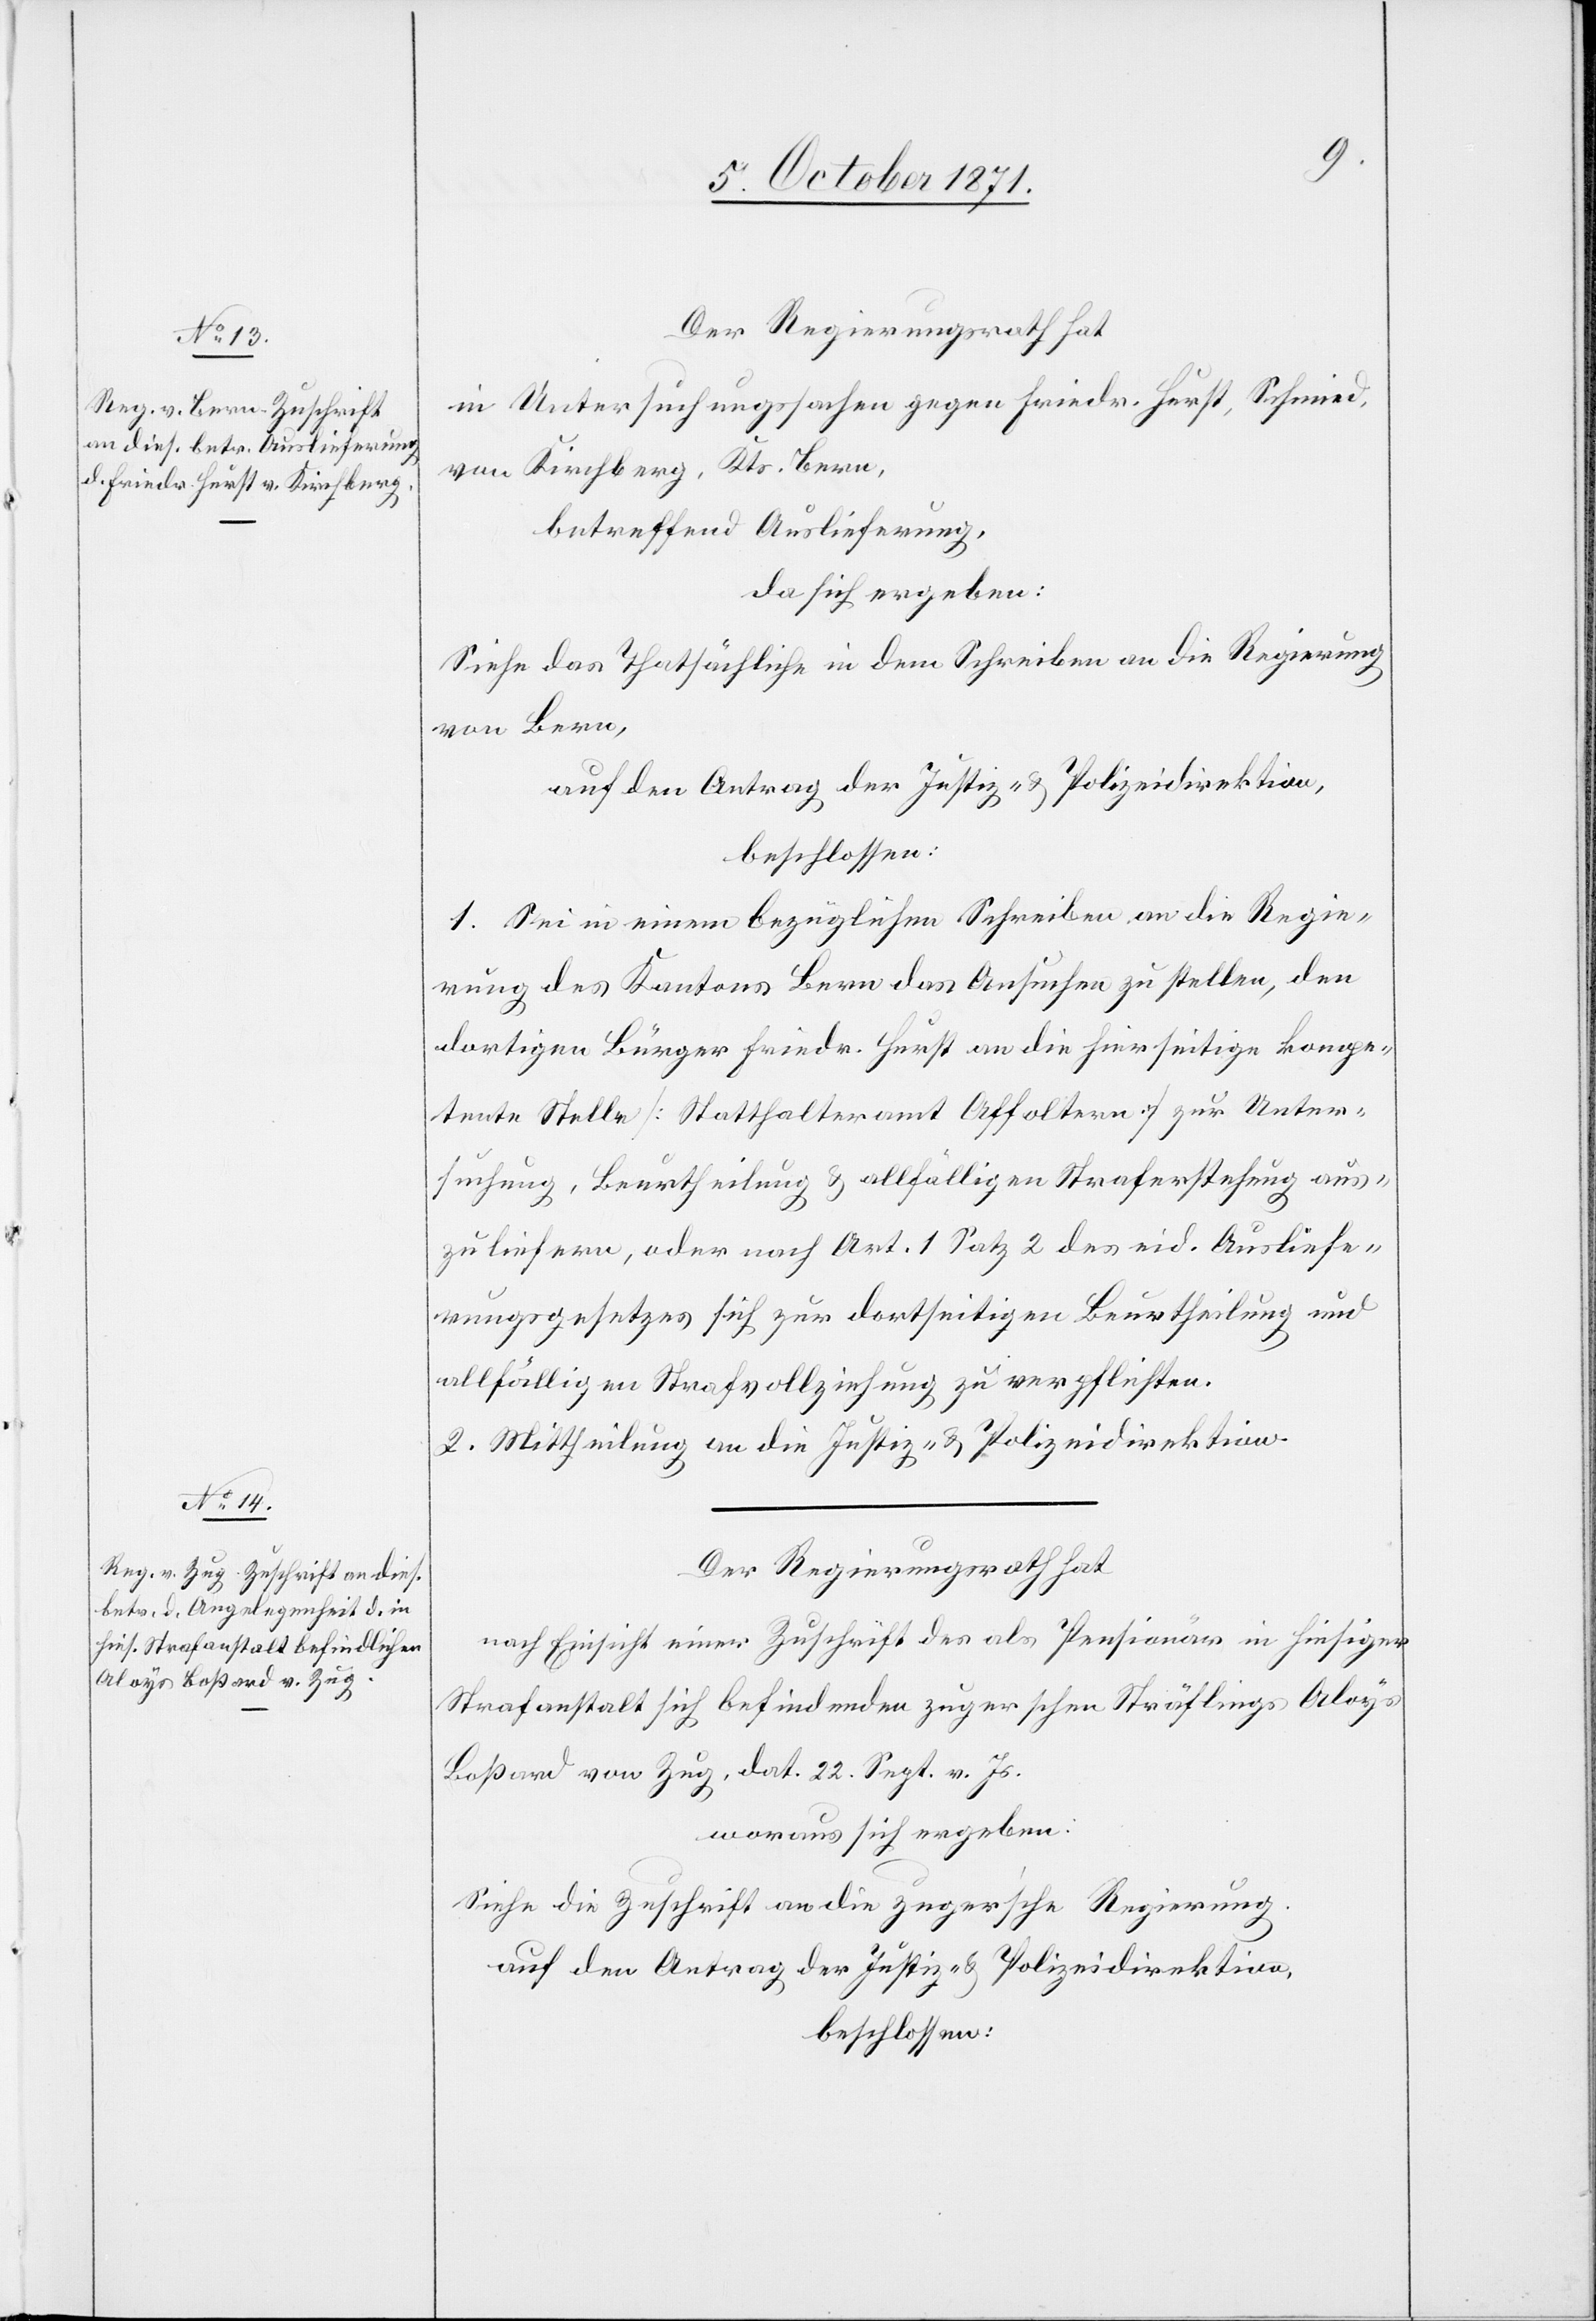
Der Regierungsrath hat
in Untersuchungssache gegen Friedr. Hurst, Schmied,
von Kirchberg, Kts. Bern,
betreffend Auslieferung,
da sich ergeben:
Siehe das Thatsächliche in dem Schreiben an die Regierung
von Bern,
auf den Antrag der Justiz- & Polizeidirektion,
beschlossen:
1. Sei in einem bezüglichen Schreiben an die Regie¬
rung des Kantons Bern das Ansuchen zu stellen, den
dortigen Bürger Friedr. Hurst an die hierseitige kompe¬
tente Stelle [Statthalteramt Affoltern] zur Unter¬
suchung, Beurtheilung & allfälligen Straferstehung aus¬
zuliefern, oder nach Art. 1 Satz 2 des eid. Ausliefe¬
rungsgesetzes sich zur dortseitigen Beurtheilung und
allfälligen Strafvollziehung zu verpflichten.
2. Mittheilung an die Justiz- & Polizeidirektion.
Der Regierungsrath hat
nach Einsicht einer Zuschrift des als Pensionär in hiesiger
Strafanstalt sich befindenden zugerschen Sträflings Aloys
Boßard von Zug, dat. 22. Sept. v. Js.
woraus sich ergeben:
Siehe die Zuschrift an die zuger’sche Regierung
auf den Antrag der Justiz- & Polizeidirektion,
beschlossen: